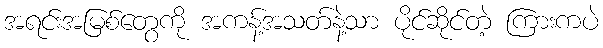
အရင်းအမြစ်တွေကို အကန့်အသတ်နဲ့သာ ပိုင်ဆိုင်တဲ့ ကြားကပဲ